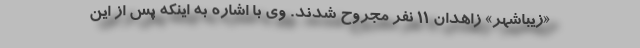
«زیباشهر» زاهدان ۱۱ نفر مجروح شدند. وی با اشاره به اینکه پس از این